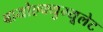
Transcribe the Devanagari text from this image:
बायोएक्युम्यूलेट